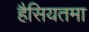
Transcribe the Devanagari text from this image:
हैसियतमा